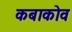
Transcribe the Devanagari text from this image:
कबाकोव